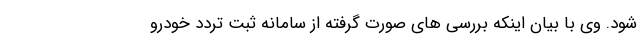
شود. وی با بیان اینکه بررسی های صورت گرفته از سامانه ثبت تردد خودرو